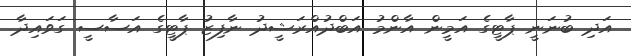
އަދި ބުނަނީ ޕާޓީގެ އަމީން އާންމު އަބްދުއްރަޝީދު ނާފިޒު ޕާޓީގެ އަސާސީ ގަވައިދާ